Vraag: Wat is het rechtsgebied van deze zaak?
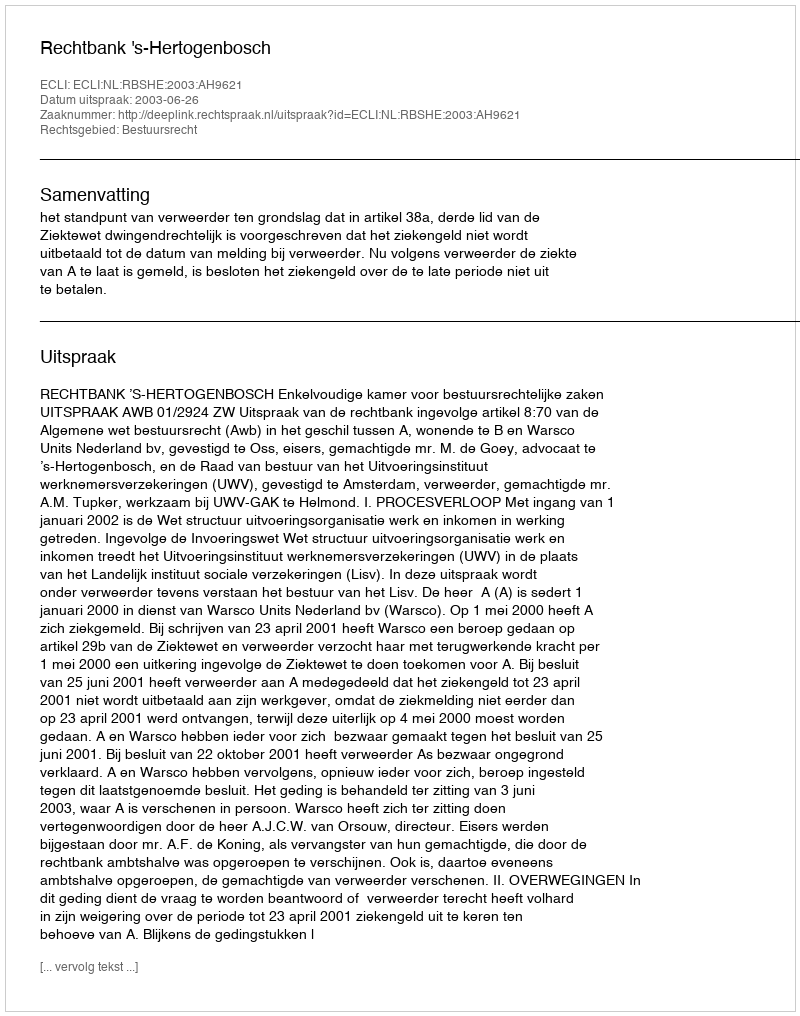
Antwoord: Bestuursrecht